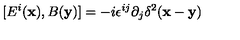
[ E ^ { i } ( { \bf x } ) , B ( { \bf y } ) ] = - i \epsilon ^ { i j } \partial _ { j } \delta ^ { 2 } ( { \bf x } - { \bf y } )